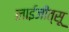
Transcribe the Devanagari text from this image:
लाईजीत्सू